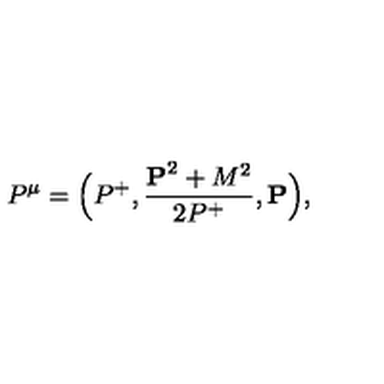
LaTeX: P ^ { \mu } = \Big ( P ^ { + } , { \frac { { \bf P } ^ { 2 } + M ^ { 2 } } { 2 P ^ { + } } } , { \bf P } \Big ) ,